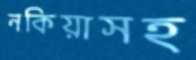
নকিয়াসহ